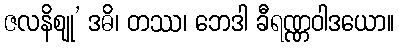
ဇလနိဈု’ ဒဓိ၊ တဿ၊ ဘေဒါ ခီရဏ္ဏဝါဒယော။